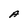
Character: A